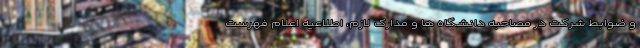
و ضوابط شرکت در مصاحبه دانشگاه ها و مدارک لازم، اطلاعیه اعلام فهرست